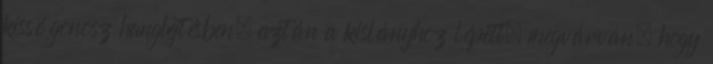
kissé gonosz hanglejtésben, aztán a kislányhoz lépett, megvárván, hogy